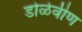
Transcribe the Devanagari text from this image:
डोळेवीण